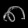
Digit: ၈